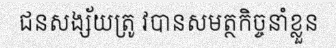
ជនសង្ស័យត្រូ វបានសមត្ថកិច្ចនាំខ្លួន